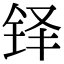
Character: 铎